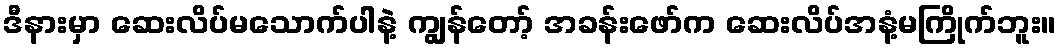
ဒီနားမှာ ဆေးလိပ်မသောက်ပါနဲ့ ကျွန်တော့် အခန်းဖော်က ဆေးလိပ်အနံ့မကြိုက်ဘူး။